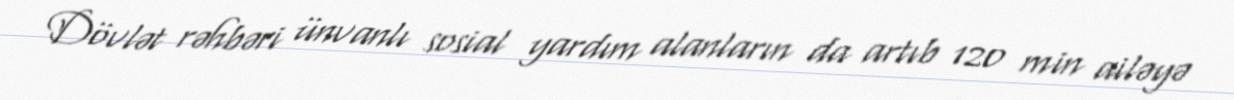
Dövlət rəhbəri ünvanlı sosial yardım alanların da artıb 120 min ailəyə